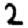
Digit: 2